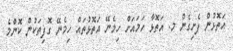
އަތޮޅުން ފެށިގެން މ. އަތޮޅާ ހަމައަށް ހިމެނޭ އަތޮޅުތައް ހިމެނޭ ގޮފިތަކުން ކޮންމެ